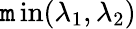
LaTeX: \operatorname*{\mathtt{m}in}(\lambda_{1},\lambda_{2})